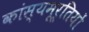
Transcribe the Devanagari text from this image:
कांस्यमूर्तियों